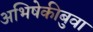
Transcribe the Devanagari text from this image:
अभिषेकीबुवा